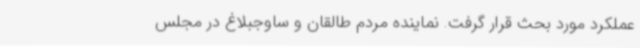
عملکرد مورد بحث قرار گرفت. نماینده مردم طالقان و ساوجبلاغ در مجلس